Annual administration and progress report of the Indian Medical Department, Bombay
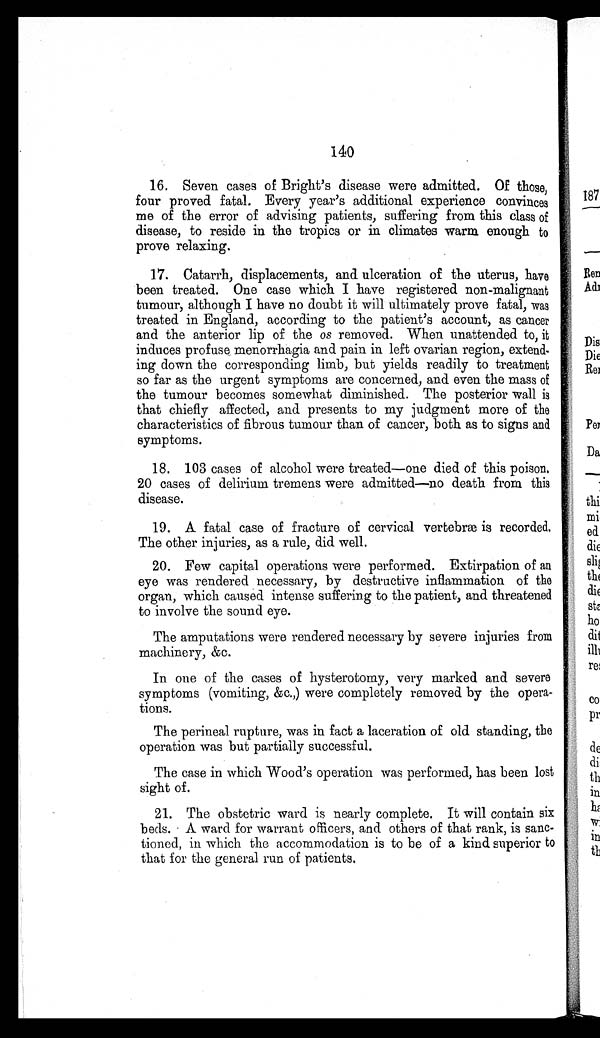
140
16. Seven cases of Bright's disease were admitted. Of those,
four proved fatal. Every year's additional experience convinces
me of the error of advising patients, suffering from this class of
disease, to reside in the tropics or in climates warm enough to
prove relaxing.
17. Catarrh, displacements, and ulceration of the uterus, have
been treated. One case which I have registered non-malignant
tumour, although I have no doubt it will ultimately prove fatal, was
treated in England, according to the patient's account, as cancer
and the anterior lip of the os removed. When unattended to, it
induces profuse menorrhagia and pain in left ovarian region, extend
- i n g d o w n t h e c o r r e s p o n d i n g l i m b , b u t y i e l d s r e a d i l y t o t r e a t m e n t
so far as the urgent symptoms are concerned, and even the mass of
the tumour becomes somewhat diminished. The posterior wall is
that chiefly affected, and presents to my judgment more of the
characteristics of fibrous tumour than of cancer, both as to signs and
symptoms.
18. 103 cases of alcohol were treated—one died of this poison.
20 cases of delirium tremens were admitted—no death from this
disease.
19. A fatal case of fracture of cervical vertebræ is recorded.
The other injuries, as a rule, did well.
20.
Few capital operations were performed. Extirpation of an
eye was rendered necessary, by destructive inflammation of the
organ, which caused intense suffering to the patient, and threatened
to involve the sound eye.
The amputations were rendered necessary by severe injuries from
machinery, &c.
In one of the cases of hysterotomy, very marked and severe
symptoms (vomiting, &c.,) were completely removed by the opera
-tions.
The perineal rupture, was in fact a laceration of old standing, the
operation was but partially successful.
The case in which Wood's operation was performed, has been lost
sight of.
21. The obstetric ward is nearly complete. It will contain six
beds. A ward for warrant officers, and others of that rank, is san
c -
t i o n e d , i n w h i c h t h e a c c o m m o d a t i o n i s t o b e o f a k i n d s u p e r i o r t o
that for the general run of patients.